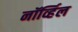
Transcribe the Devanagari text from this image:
नॉर्व्हिल